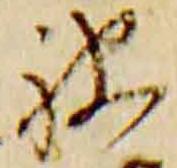
被